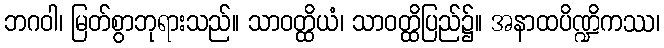
ဘဂဝါ၊ မြတ်စွာဘုရားသည်။ သာဝတ္ထိယံ၊ သာဝတ္ထိပြည်၌။ အနာထပိဏ္ဍိကဿ၊